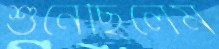
শুনেছিলেম